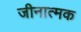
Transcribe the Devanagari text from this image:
जीनात्मक